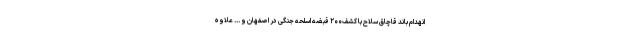
انهدام باند قاچاق سلاح با کشف۲۰۰ قبضه اسلحه جنگی در اصفهان و ... علاوه